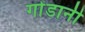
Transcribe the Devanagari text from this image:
गोंडानी